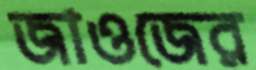
জাওজের